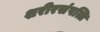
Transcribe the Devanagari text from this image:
शरीरसंपत्ति